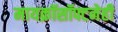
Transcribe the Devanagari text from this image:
मायक्रॉसॉफ्टनेही